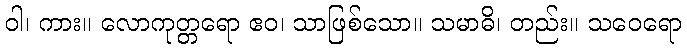
ဝါ၊ ကား။ လောကုတ္တရော ဧဝ၊ သာဖြစ်သော။ သမာဓိ၊ တည်း။ သဝေရော